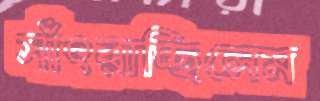
সাঁৎরাচ্ছিলেম